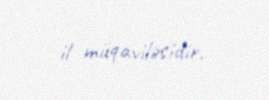
il müqaviləsidir.